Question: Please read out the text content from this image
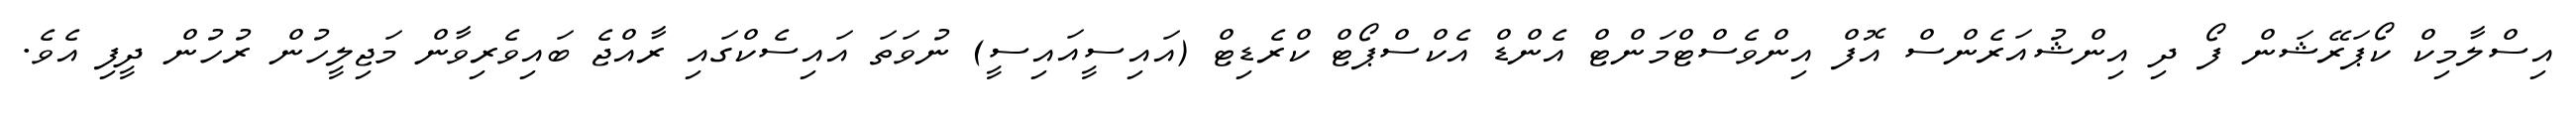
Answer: އިސްލާމިކް ކޯޕަރޭޝަން ފޯ ދި އިންޝުއަރެންސް އޮފް އިންވެސްޓްމަންޓް އެންޑް އެކްސްޕޯޓް ކްރެޑިޓް (އައިސީއައިސީ) ނުވަތަ އައިސެކްގައި ރާއްޖެ ބައިވެރިވާން މަޖިލީހުން ރުހުން ދީފި އެވެ.